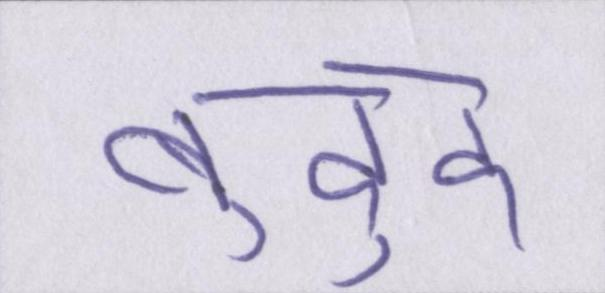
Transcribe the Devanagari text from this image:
बुद्दु